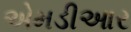
એમડીઆર